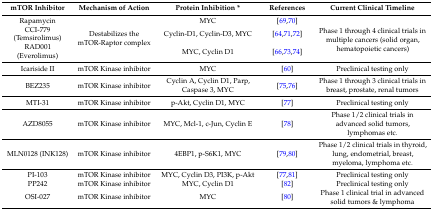
<table><thead><tr><td><b>mTOR Inhibitor</b></td><td><b>Mechanism of Action</b></td><td><b>Protein Inhibition *</b></td><td><b>References</b></td><td><b>Current Clinical Timeline</b></td></tr></thead><tbody><tr><td>Rapamycin</td><td rowspan="3">Destabilizes the mTOR-Raptor complex</td><td>MYC</td><td>[69,70]</td><td rowspan="3">Phase 1 through 4 clinical trials in multiple cancers (solid organ, hematopoietic cancers)</td></tr><tr><td>CCI-779 (Temsirolimus)</td><td>Cyclin-D1, Cyclin-D3, MYC</td><td>[64,71,72]</td></tr><tr><td>RAD001 (Everolimus)</td><td>MYC, Cyclin D1</td><td>[66,73,74]</td></tr><tr><td>Icariside II</td><td>mTOR Kinase inhibitor</td><td>MYC</td><td>[60]</td><td>Preclinical testing only</td></tr><tr><td>BEZ235</td><td>mTOR Kinase inhibitor</td><td>Cyclin A, Cyclin D1, Parp, Caspase 3, MYC</td><td>[75,76]</td><td>Phase 1 through 3 clinical trials in breast, prostate, renal tumors</td></tr><tr><td>MTI-31</td><td>mTOR Kinase inhibitor</td><td>p-Akt, Cyclin D1, MYC</td><td>[77]</td><td>Preclinical testing only</td></tr><tr><td>AZD8055</td><td>mTOR Kinase inhibitor</td><td>MYC, Mcl-1, c-Jun, Cyclin E</td><td>[78]</td><td>Phase 1/2 clinical trials in advanced solid tumors, lymphomas etc.</td></tr><tr><td>MLN0128 (INK128)</td><td>mTOR Kinase inhibitor</td><td>4EBP1, p-S6K1, MYC</td><td>[79,80]</td><td>Phase 1/2 clinical trials in thyroid, lung, endometrial, breast, myeloma, lymphoma etc.</td></tr><tr><td>PI-103</td><td>mTOR Kinase inhibitor</td><td>MYC, Cyclin D3, PI3K, p-Akt</td><td>[77,81]</td><td>Preclinical testing only</td></tr><tr><td>PP242</td><td>mTOR Kinase inhibitor</td><td>MYC, Cyclin D1</td><td>[82]</td><td>Preclinical testing only</td></tr><tr><td>OSI-027</td><td>mTOR Kinase inhibitor</td><td>MYC</td><td>[80]</td><td>Phase 1 clinical trial in advanced solid tumors &amp; lymphoma</td></tr></tbody></table>